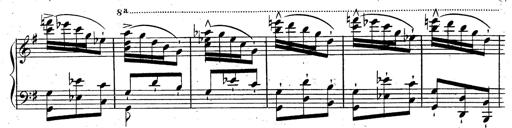
Title: Rondeau fantastique sur un thÃ¨me espagnol
Composer: Franz Liszt